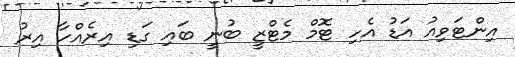
އިންޓަވިއު އަޑު އެހި ޓޮމް މެޓްޒީ ބުނީ ބައި ގަޑި އިރެއްހާ އިރު